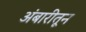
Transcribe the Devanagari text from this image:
अंबारीतून